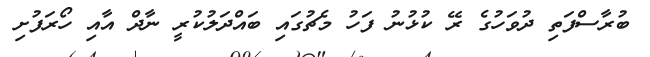
ބުރާސްފަތި ދުވަހުގެ ރޭ ކުޅުނު ފަހު މެޗުގައި ބައްދަލުކުރީ ނާދް އާއި ހޯރަފުށި